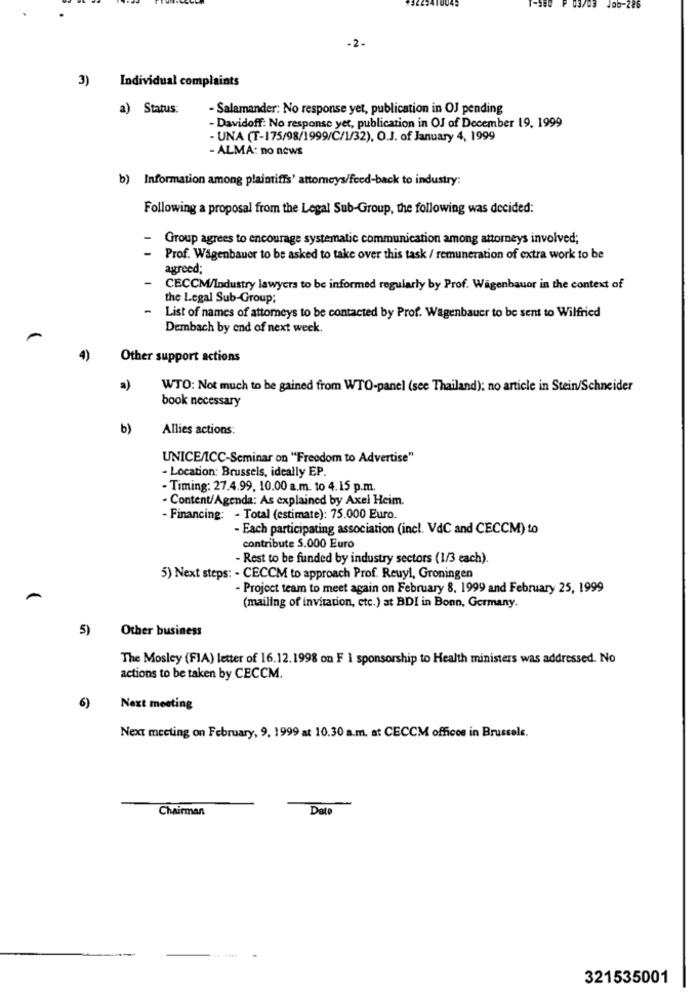
Job-286
-2.
3) Individual complaints
a) Status:
- Salamander: No response yet, publication in OJ pending
- Davidoff: No response yet, publication in OJ of December 19. 1999
- UNA (T-175/98/1999/C/1/32), O.J. of January 4, 1999
- ALMA: no news
b) Information among plaintiffs' attorneys/feed-back to industry:
Following a proposal from the Legal Sub-Group, the following was decided:
Group agrees to encourage systematic communication among attorneys involved;
- Prof. Wagenbauer to be asked to take over this task / remuneration of extra work to be
agreed;
CECCM/Industry lawyers to be informed regularly by Prof. Wagenbauor in the context of
the Legal Sub-Group;
List of names of attorneys to be contacted by Prof. Wagenbauer to be sent to Wilfried
Dembach by end of next week.
Other support actions
a)
WTO: Not much to be gained from WTO-panel (see Thailand): no article in Stein/Schneider
book necessary
b)
Allies actions:
UNICE/ICC-Seminar on "Freedom to Advertise"
- Location: Brussels, ideally EP.
- Timing: 27.4.99, 10.00 a.m. to 4.15 p.m.
- Content/Agenda: As explained by Axel Heim
- Financing: - Total (estimate): 75.000 Euro.
- Each participating association (incl. VdC and CECCM) to
contribute 5.000 Euro
- Rest to be funded by industry sectors (1/3 each).
5) Next steps: - CECCM to approach Prof. Reuyl, Groningen
- Project team to meet again on February 8, 1999 and February 25, 1999
(mailing of invitation, etc.) at BDI in Bonn, Germany.
5)
Other business
The Mosley (FIA) letter of 16.12.1998 on F 1 sponsorship to Health ministers was addressed. No
actions to be taken by CECCM.
6)
Next meeting
Next meeting on February, 9. 1999 at 10.30 a.m. at CECCM offices in Brussels.
Chairman
Dato
321535001